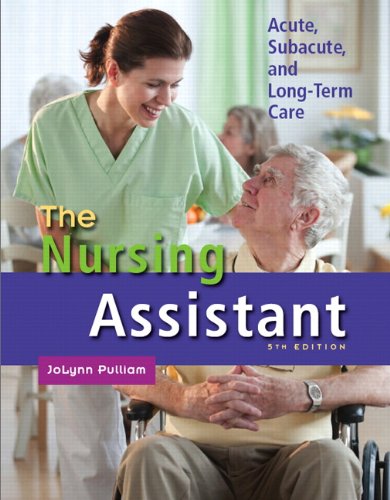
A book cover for The Nursing Assistant: Acute, Subacute, and Long-Term Care (5th Edition); JoLynn Pulliam; Medical Books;